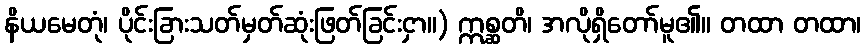
နိယမေတုံ၊ ပိုင်းခြားသတ်မှတ်ဆုံးဖြတ်ခြင်းငှာ။) ဣစ္ဆတိ၊ အလိုရှိတော်မူ၏။ တထာ တထာ၊